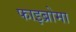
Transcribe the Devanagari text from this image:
फाइब्रोमा